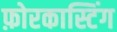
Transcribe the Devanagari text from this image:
फ़ोरकास्टिंग